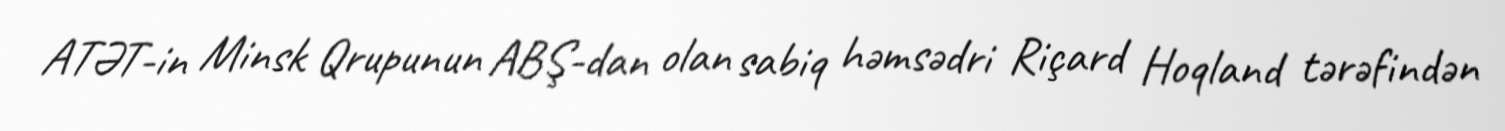
ATƏT-in Minsk Qrupunun ABŞ-dan olan sabiq həmsədri Riçard Hoqland tərəfindən